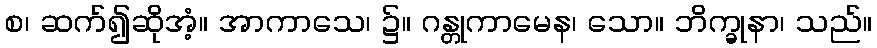
စ၊ ဆက်၍ဆိုအံ့။ အာကာသေ၊ ၌။ ဂန္တုကာမေန၊ သော။ ဘိက္ခုနာ၊ သည်။